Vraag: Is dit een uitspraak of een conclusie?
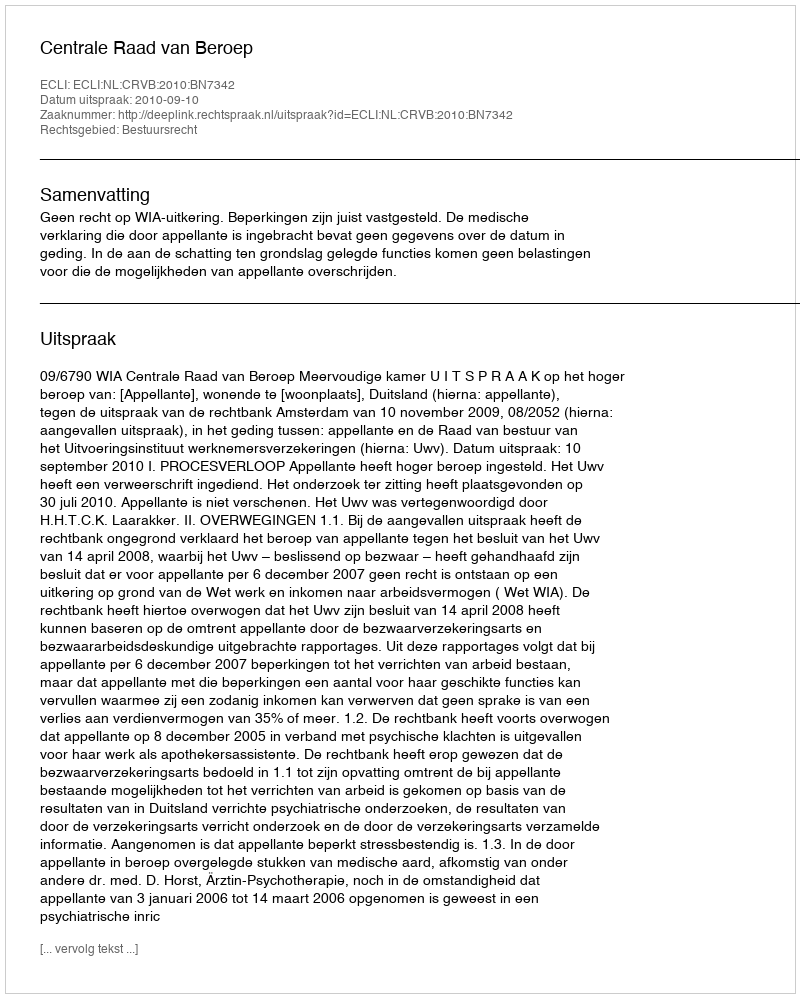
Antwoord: Uitspraak